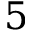
5